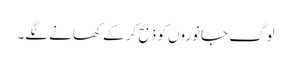
لوگ جانوروں کو ذبح کر کے کھانے لگے۔